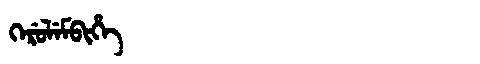
Manchu: ᡴᡝᡵᡠᠯᡝᠮᠪᡳᡥᡝ
Romanization: KERULEMBIHE